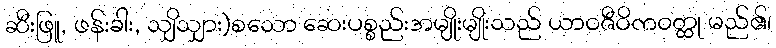
ဆီးဖြူ, ဖန်းခါး, သျှိသျှား)စသော ဆေးပစ္စည်းအမျိုးမျိုးသည် ယာဝဇီဝိကဝတ္ထု မည်၏၊